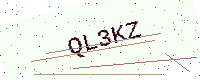
Text: QL3KZ